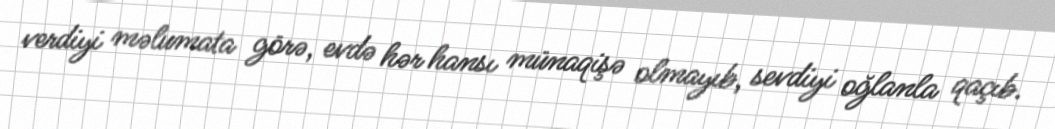
verdiyi məlumata görə, evdə hər hansı münaqişə olmayıb, sevdiyi oğlanla qaçıb.